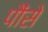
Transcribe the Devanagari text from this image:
पौंसे